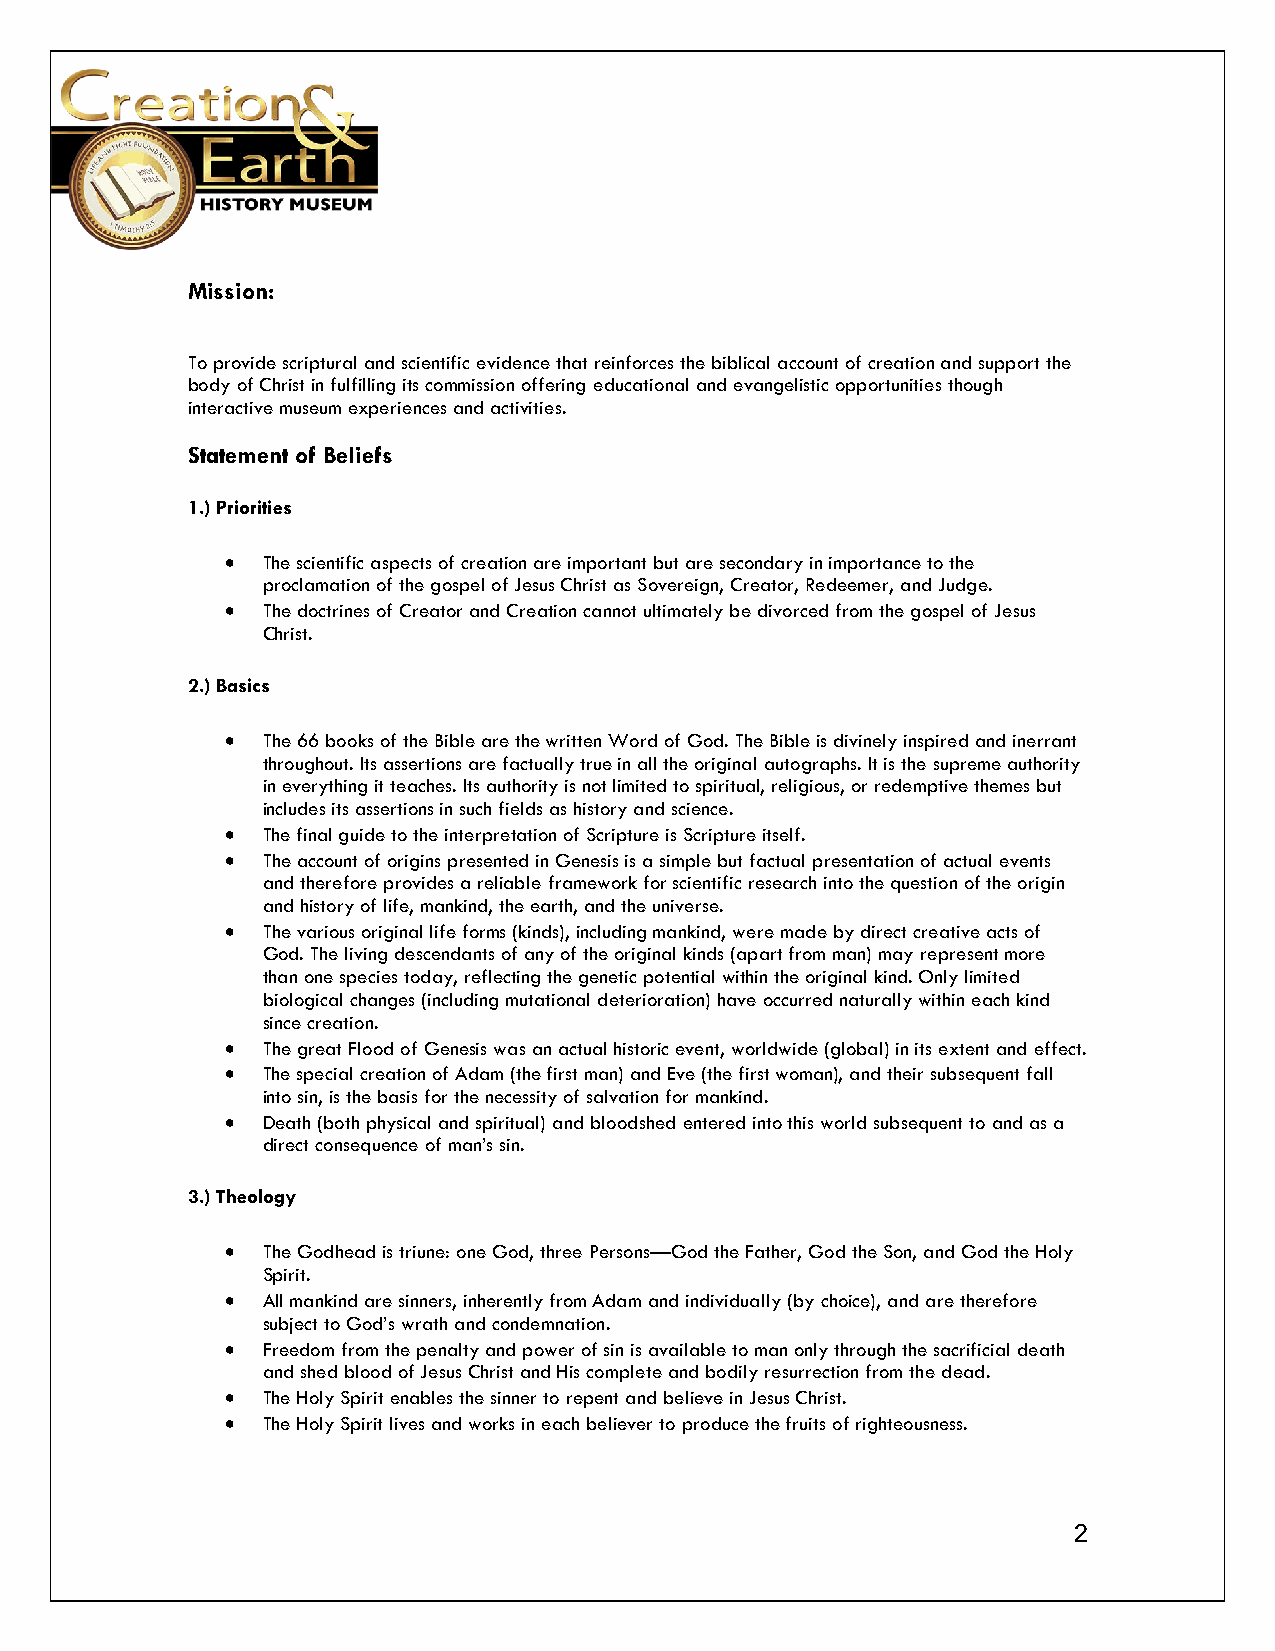
Mission:
 To provide scriptural and scientific evidence that reinforces the biblical account of creation and support the
 body of Christ in fulfilling its commission offering educational and evangelistic opportunities though
 interactive museum experiences and activities.
 Statement of Beliefs
 1.) Priorities
  The scientific aspects of creation are important but are secondary in importance to the
 proclamation of the gospel of Jesus Christ as Sovereign, Creator, Redeemer, and Judge.
  The doctrines of Creator and Creation cannot ultimately be divorced from the gospel of Jesus
 Christ.
 2.) Basics
  The 66 books of the Bible are the written Word of God. The Bible is divinely inspired and inerrant
 throughout. Its assertions are factually true in all the original autographs. It is the supreme authority
 in everything it teaches. Its authority is not limited to spiritual, religious, or redemptive themes but
 includes its assertions in such fields as history and science.
  The final guide to the interpretation of Scripture is Scripture itself.
  The account of origins presented in Genesis is a simple but factual presentation of actual events
 and therefore provides a reliable framework for scientific research into the question of the origin
 and history of life, mankind, the earth, and the universe.
  The various original life forms (kinds), including mankind, were made by direct creative acts of
 God. The living descendants of any of the original kinds (apart from man) may represent more
 than one species today, reflecting the genetic potential within the original kind. Only limited
 biological changes (including mutational deterioration) have occurred naturally within each kind
 since creation.
  The great Flood of Genesis was an actual historic event, worldwide (global) in its extent and effect.
  The special creation of Adam (the first man) and Eve (the first woman), and their subsequent fall
 into sin, is the basis for the necessity of salvation for mankind.
  Death (both physical and spiritual) and bloodshed entered into this world subsequent to and as a
 direct consequence of man’s sin.
 3.) Theology
  The Godhead is triune: one God, three Persons—God the Father, God the Son, and God the Holy
 Spirit.
  All mankind are sinners, inherently from Adam and individually (by choice), and are therefore
 subject to God’s wrath and condemnation.
  Freedom from the penalty and power of sin is available to man only through the sacrificial death
 and shed blood of Jesus Christ and His complete and bodily resurrection from the dead.
  The Holy Spirit enables the sinner to repent and believe in Jesus Christ.
  The Holy Spirit lives and works in each believer to produce the fruits of righteousness.
 2